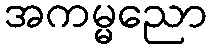
အကမ္မညော